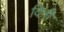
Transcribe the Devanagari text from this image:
दिनी